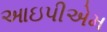
આઇપીએમ